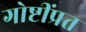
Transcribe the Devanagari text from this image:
गोष्टींप्रत